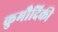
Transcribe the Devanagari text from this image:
कुमौदिकी